Report on malaria in the Punjab during the year ...  together with an account of the work of the Punjab Malaria Bureau - Volume 4
Disease focus: Malaria
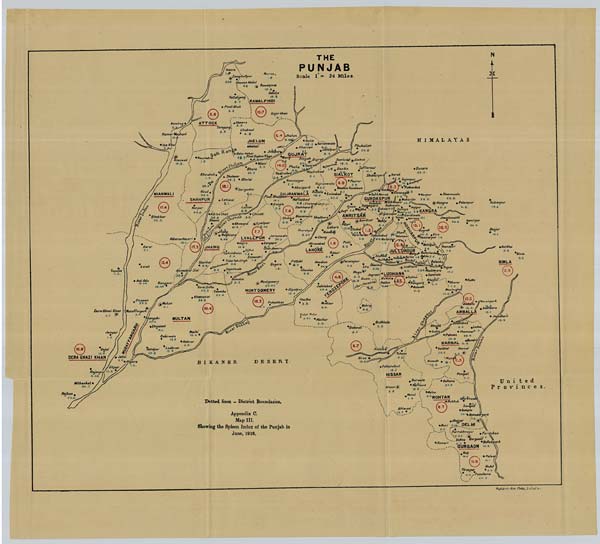
Mufid-i-Am Press, Lahore.